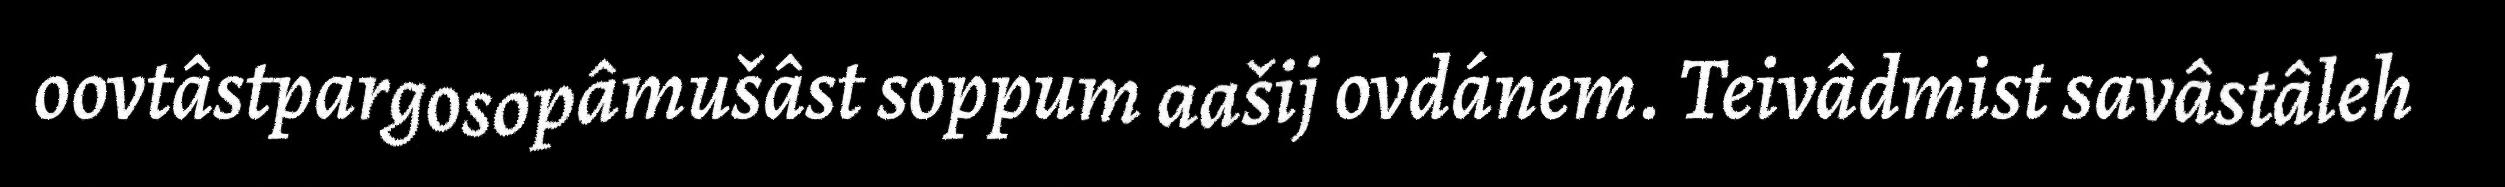
oovtâstpargosopâmušâst soppum aašij ovdánem. Teivâdmist savâstâleh